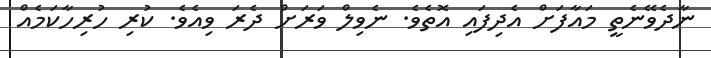
ނާދެވޭނެތީ މައާފަށް އެދިފައި އޮތެވެ. ނެވިލް ވަރަށް ދެރަ ވިއެވެ. ކުރި ހުރިހާކަމެއް